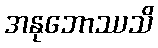
အနုဘောဿသိ